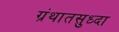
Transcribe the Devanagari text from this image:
ग्रंथातसुध्दा